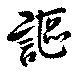
謳